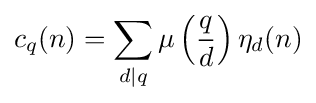
c_{q}(n)=\sum _{d\mid q}\mu \left({\frac {q}{d}}\right)\eta _{d}(n)